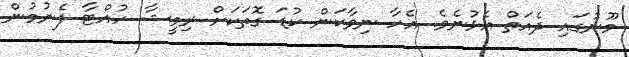
މޫނުގައި ދެއަތް އެޅުނެވެ. އެހާ ނިވާކަން ކުޑަ ގޮތަކަށް ރިމީޝާ ހުއްޓާ ފެނުމުން